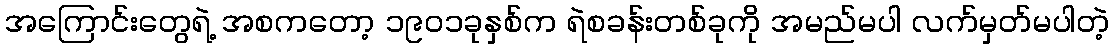
အကြောင်းတွေရဲ့ အစကတော့ ၁၉၀၁ခုနှစ်က ရဲစခန်းတစ်ခုကို အမည်မပါ လက်မှတ်မပါတဲ့